Report on sanitation, dispensaries, and jails in Rajputana for 1915, and on vaccination for the year 1915-1916 - 1915-1916
Year: 1915
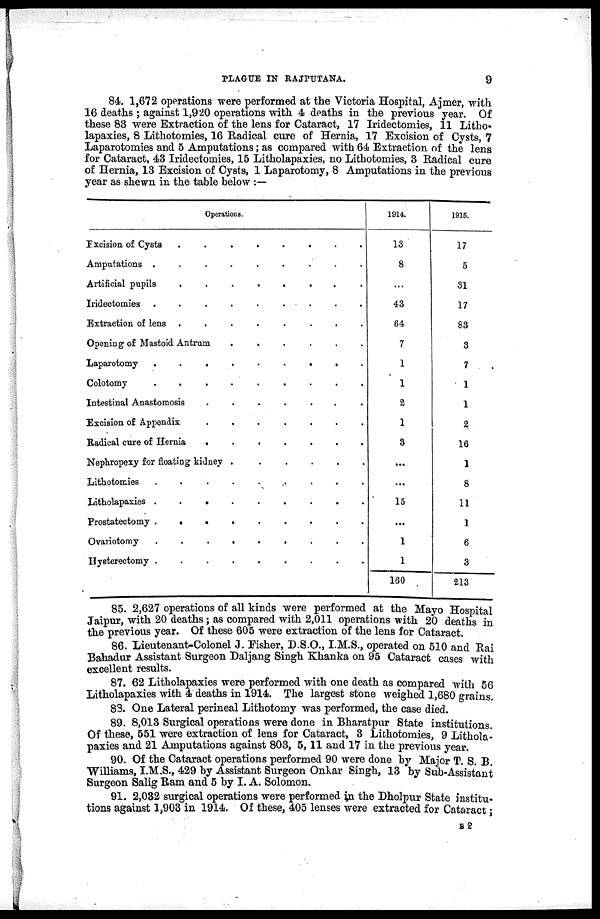
PLAGUE IN RAJPTJTANA.
9
84. 1,672 operations were performed at the Victoria Hospital, Ajmer, with
16 deaths ; against 1,920 operations with 4 deaths in the previous year. Of
these 83 were Extraction of the lens for Cataract, 17 Iridectomies, 11 Litho¬
lapaxies, 8 Lithotomies, 16 Radical cure of Hernia, 17 Excision of Cysts, 7
Laparotomies and 5 Amputations; as compared with 64 Extraction of the lens
for Cataract, 43 Iridectomies, 15 Litholapaxies, no Lithotomies, 3 Radical cure
of Hernia, 13 Excision of Cysts, 1 Laparotomy, 8 Amputations in the previous
year as shewn in the table below :—
Operations.
Excision of Cysts
.
.
.
.
.
.
.
.
Amputations .
.
.
.
.
.
.
.
.
Artificial pupils
.
.
.
.
.
.
.
Iridectomies .
.
.
.
.
.
.
Extraction of lens .
.
.
.
.
.
.
.
Opening of Mastoid Antrum
.
.
.
.
.
.
Laparotomy
.
.
.
.
.
.
.
.
.
Colotomy
.
.
.
.
.
.
.
.
.
Intestinal Anastomosis
.
.
.
.
.
.
.
Excision of Appendix
.
.
.
.
.
.
.
Radical cure of Hernia
.
.
.
.
.
.
.
Nephropexy for floating kidney .
. . . . .
Lithotomies
.
.
.
.
.
.
.
.
.
Litholapaxies .
.
.
.
.
.
.
.
.
Prostatectomy .
.
.
.
.
.
.
.
.
Ovariotomy
.
.
.
.
.
.
.
.
.
Hysterectomy .
.
.
.
.
.
.
.
.
1914.
13
8
...
43
64
7
1
1
2
1
3
...
...
15
...
1
1
160
1915.
17
5
31
17
83
3
7
1
1
2
16
1
8
11
1
6
3
213
85. 2,627 operations of all kinds were performed at the Mayo Hospital
Jaipur, with 20 deaths ; as compared with 2,011 operations with 20 deaths in
the previous year. Of these 605 were extraction of the lens for Cataract.
86. Lieutenant-Colonel J. Fisher, D.S.O., I.M.S., operated on 510 and Rai
Bahadur Assistant Surgeon Daljang Singh Khanka on 95 Cataract cases with
excellent results.
87. 62 Litholapaxies were performed with one death as compared with 56
Litholapaxies with 4 deaths in 1914. The largest stone weighed 1,680 grains.
83. One Lateral perineal Lithotomy was performed, the case died.
89. 8,013 Surgical operations were done in Bharatpur State institutions.
Of these, 551 were extraction of lens for Cataract, 3 Lithotomies, 9 Lithola-
paxies and 21 Amputations against 803, 5,11 and 17 in the previous year.
90. Of the Cataract operations performed 90 were done by Major T. S. B.
Williams, I.M.S., 429 by Assistant Surgeon Onkar Singh, 13 by Sub-Assistant
Surgeon Salig Ram and 5 by I. A. Solomon.
91. 2,032 surgical operations were performed in the Dholpur State institu-
tions against 1,903 in 1914. Of these, 405 lenses were extracted for Cataract;
B2